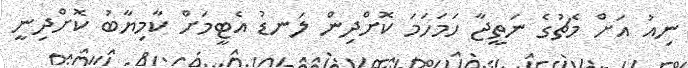
ނިއު އަށް މެޗުގެ ނަތީޖާ ހަމަހަމަ ކޮށްދިން ލަނޑު އެޓީމަށް ކާމިޔާބު ކޮށްދިނީ